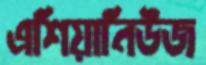
এশিয়ানিউজ